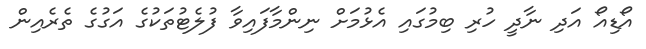
އޯޑިއޯ އަދި ނާދީ ހުރި ބިމުގައި އެޅުމަށް ނިންމާފައިވާ ފުލެޓުތަކުގެ އަގުގެ ތެރެއިން